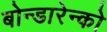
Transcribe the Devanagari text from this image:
बोन्डारेन्को